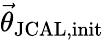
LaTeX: \vec{\theta}_{\mathrm{JCAL,init}}